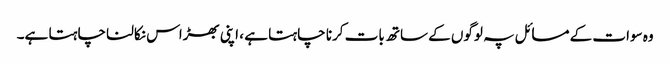
وہ سوات کے مسائل پہ لوگوں کے ساتھ بات کرنا چاہتا ہے ، اپنی بھڑاس نکالنا چاہتا ہے۔